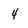
Character: 4